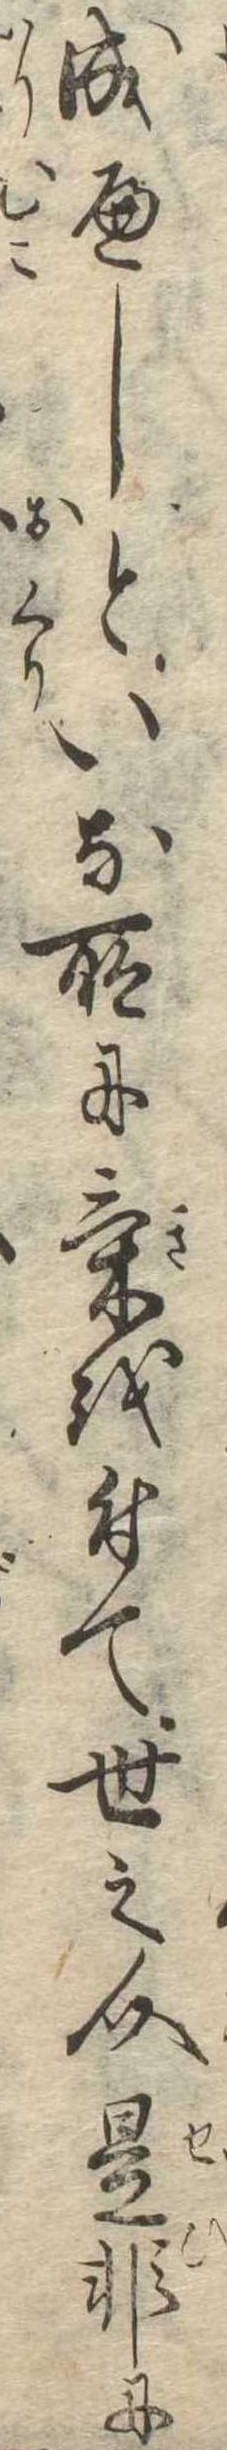
成へしといな所に気を付て世之介是非に